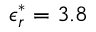
\epsilon _ { r } ^ { * } = 3 . 8